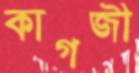
কাগজী